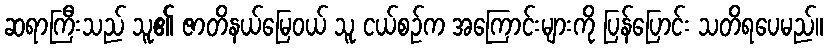
ဆရာကြီးသည် သူ၏ ဇာတိနယ်မြေဝယ် သူ ငယ်စဉ်က အကြောင်းများကို ပြန်ပြောင်း သတိရပေမည်။